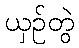
ယှဉ်တွဲ